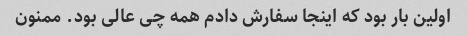
اولین بار بود که اینجا سفارش دادم همه چی عالی بود. ممنون